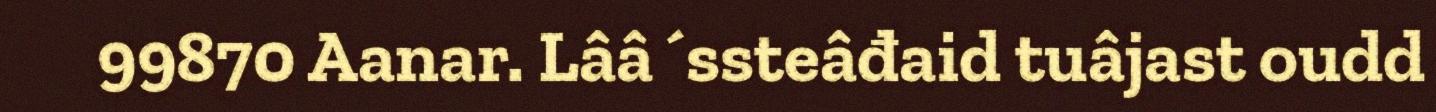
99870 Aanar. Lââ´ssteâđaid tuâjast oudd